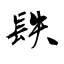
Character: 镻